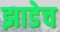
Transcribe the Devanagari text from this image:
झाडेच